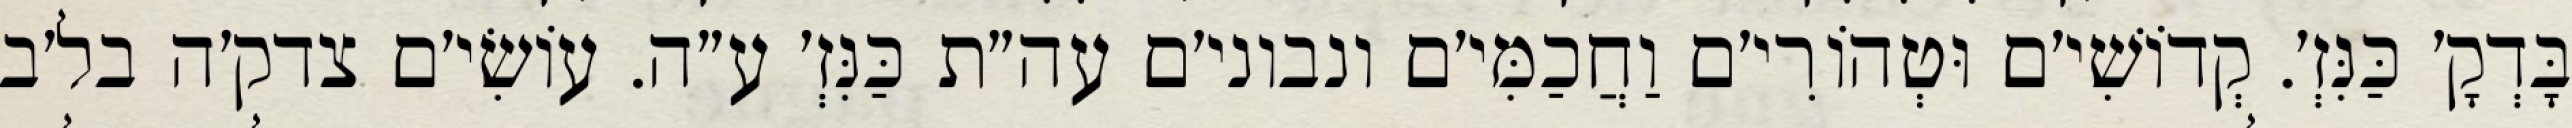
בָּדְקָ׳ כַּנִּזְ׳. קְדוֹשִׁי׳ם וּטְהוֹרִי׳ם וַחֲכַמִּי׳ם ונבוני׳ם עה״ת כַּנִּזְ׳ ע״ה. עוֹשִׂי׳ם צדק׳ה בל׳ב